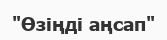
"Өзіңді аңсап"